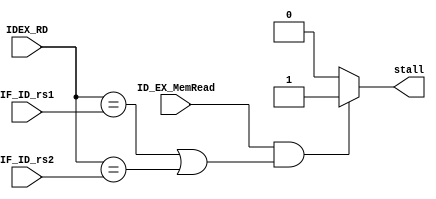
module hazard_detection(
    input [4:0] IDEX_RD, IF_ID_rs1, IF_ID_rs2,
    input ID_EX_MemRead, 
    output reg stall, 
);

always@(*)
begin    
    if (ID_EX_MemRead && (IDEX_RD == IF_ID_rs1 || IDEX_RD == IF_ID_rs2))
        begin
            stall=1;
        end
    else
        begin
            stall=0;
        end

end
endmodule